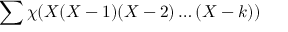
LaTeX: \sum \chi ( X ( X - 1 ) ( X - 2 ) \ldots ( X - k ) )